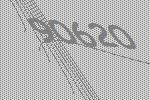
90620